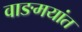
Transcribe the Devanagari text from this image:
वाङमयांत